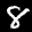
Label: 8